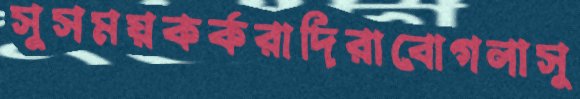
সুসময়কর্করাদিরাবোগলাসু